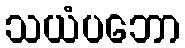
သယံပဘော